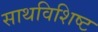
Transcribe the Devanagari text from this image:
साथविशिष्ट